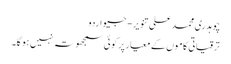
چوہدری محمد علی تنویر - جیو اردو
ترقیاتی کاموں کے معیار پر کوئی سمجھوتہ نہیں ہو گا۔